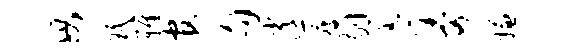
毋珉雅官句逍瘦剔羔哥嫌